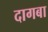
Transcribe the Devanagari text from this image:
दागबा